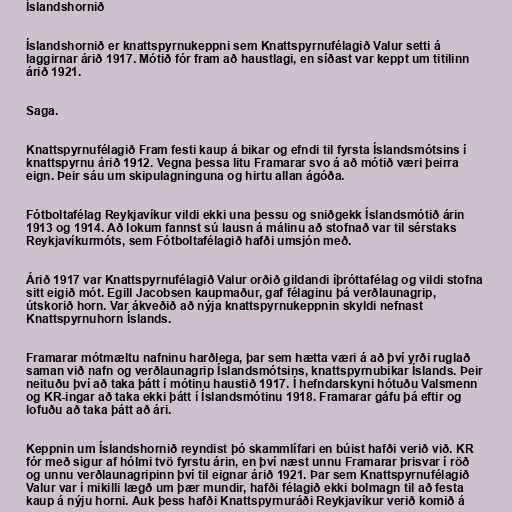
Íslandshornið

Íslandshornið er knattspyrnukeppni sem Knattspyrnufélagið Valur setti á
laggirnar árið 1917. Mótið fór fram að haustlagi, en síðast var keppt um titilinn
árið 1921.

Saga.

Knattspyrnufélagið Fram festi kaup á bikar og efndi til fyrsta Íslandsmótsins í
knattspyrnu árið 1912. Vegna þessa litu Framarar svo á að mótið væri þeirra
eign. Þeir sáu um skipulagninguna og hirtu allan ágóða.

Fótboltafélag Reykjavíkur vildi ekki una þessu og sniðgekk Íslandsmótið árin
1913 og 1914. Að lokum fannst sú lausn á málinu að stofnað var til sérstaks
Reykjavíkurmóts, sem Fótboltafélagið hafði umsjón með.

Árið 1917 var Knattspyrnufélagið Valur orðið gildandi íþróttafélag og vildi stofna
sitt eigið mót. Egill Jacobsen kaupmaður, gaf félaginu þá verðlaunagrip,
útskorið horn. Var ákveðið að nýja knattspyrnukeppnin skyldi nefnast
Knattspyrnuhorn Íslands.

Framarar mótmæltu nafninu harðlega, þar sem hætta væri á að því yrði ruglað
saman við nafn og verðlaunagrip Íslandsmótsins, knattspyrnubikar Íslands. Þeir
neituðu því að taka þátt í mótinu haustið 1917. Í hefndarskyni hótuðu Valsmenn
og KR-ingar að taka ekki þátt í Íslandsmótinu 1918. Framarar gáfu þá eftir og
lofuðu að taka þátt að ári.

Keppnin um Íslandshornið reyndist þó skammlífari en búist hafði verið við. KR
fór með sigur af hólmi tvö fyrstu árin, en því næst unnu Framarar þrisvar í röð
og unnu verðlaunagripinn því til eignar árið 1921. Þar sem Knattspyrnufélagið
Valur var í mikilli lægð um þær mundir, hafði félagið ekki bolmagn til að festa
kaup á nýju horni. Auk þess hafði Knattspyrnuráði Reykjavíkur verið komið á